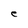
Character: e